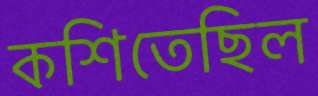
কশিতেছিল